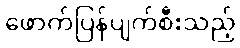
ဖောက်ပြန်ပျက်စီးသည့်